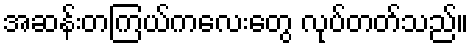
အဆန်းတကြယ်ကလေးတွေ လုပ်တတ်သည်။